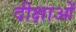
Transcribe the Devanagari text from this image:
दीक्षाओं